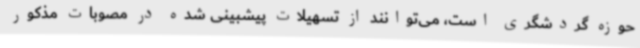
حوزه گردشگری است، می‌توانند از تسهیلات پیشبینی شده در مصوبات مذکور